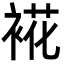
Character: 𮖏